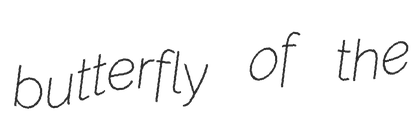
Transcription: butterfly of the